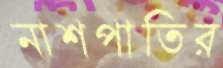
নাশপাতির